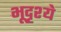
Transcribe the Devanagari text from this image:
भूदृश्ये